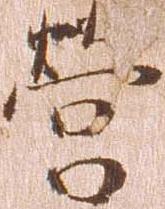
営